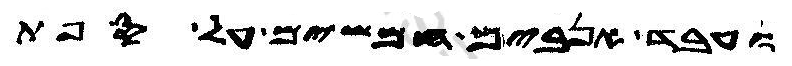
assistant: ועבד אנבים חמשים על ספת